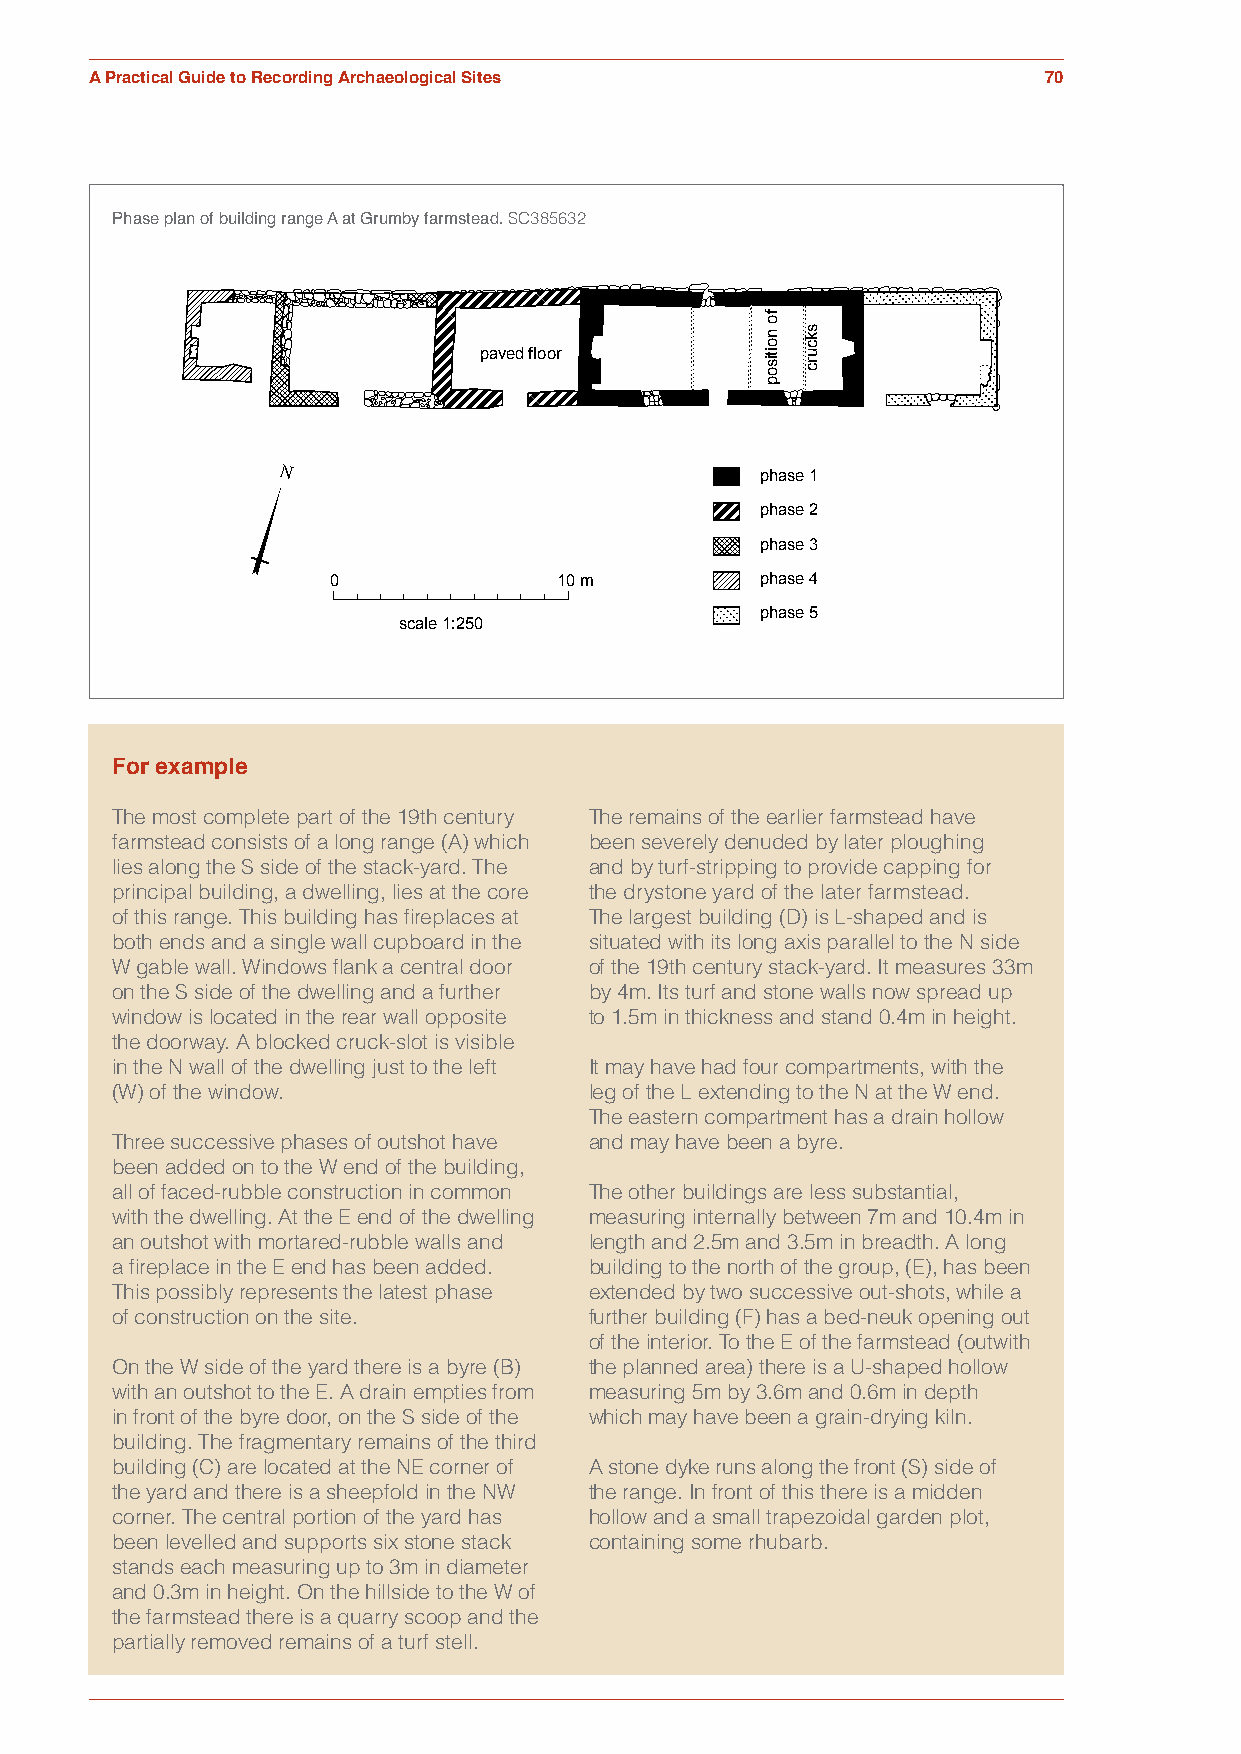
Figure 7.5
 A Practical Guide to Recording Archaeological Sites            70
 Phase plan of building range A at Grumby farmstead. SC385632
 paved floor
 N                               phase 1
 phase 2
 phase 3
 0              10 m         phase 4
 phase 5
 scale 1:250
 For example
 The most complete part of the 19th century The remains of the earlier farmstead have
 farmstead consists of a long range (A) which been severely denuded by later ploughing
 lies along the S side of the stack-yard. The and by turf-stripping to provide capping for
 principal building, a dwelling, lies at the core the drystone yard of the later farmstead.
 of this range. This building has fireplaces at The largest building (D) is L-shaped and is
 both ends and a single wall cupboard in the situated with its long axis parallel to the N side
 W gable wall. Windows flank a central door of the 19th century stack-yard. It measures 33m
 on the S side of the dwelling and a further by 4m. Its turf and stone walls now spread up
 window is located in the rear wall opposite to 1.5m in thickness and stand 0.4m in height.
 the doorway. A blocked cruck-slot is visible
 in the N wall of the dwelling just to the left It may have had four compartments, with the
 (W) of the window.              leg of the L extending to the N at the W end.
 The eastern compartment has a drain hollow
 Three successive phases of outshot have and may have been a byre.
 been added on to the W end of the building,
 all of faced-rubble construction in common The other buildings are less substantial,
 with the dwelling. At the E end of the dwelling measuring internally between 7m and 10.4m in
 an outshot with mortared-rubble walls and length and 2.5m and 3.5m in breadth. A long
 a fireplace in the E end has been added. building to the north of the group, (E), has been
 This possibly represents the latest phase extended by two successive out-shots, while a
 of construction on the site.    further building (F) has a bed-neuk opening out
 of the interior. To the E of the farmstead (outwith
 On the W side of the yard there is a byre (B) the planned area) there is a U-shaped hollow
 with an outshot to the E. A drain empties from measuring 5m by 3.6m and 0.6m in depth
 in front of the byre door, on the S side of the which may have been a grain-drying kiln.
 building. The fragmentary remains of the third
 building (C) are located at the NE corner of A stone dyke runs along the front (S) side of
 the yard and there is a sheepfold in the NW the range. In front of this there is a midden
 corner. The central portion of the yard has hollow and a small trapezoidal garden plot,
 been levelled and supports six stone stack containing some rhubarb.
 stands each measuring up to 3m in diameter
 and 0.3m in height. On the hillside to the W of
 the farmstead there is a quarry scoop and the
 partially removed remains of a turf stell.
 fo
 noitisop skcurc